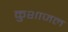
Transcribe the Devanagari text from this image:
कुशाजल